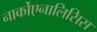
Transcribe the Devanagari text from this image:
नार्कोएनालिसिस